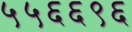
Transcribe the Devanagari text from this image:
५५६६९६